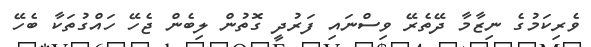
ވެރިކަމުގެ ނިޒާމާ ދޭތެރޭ ވިސްނައި ފަރުދީ ގޮތުން ލިބެން ޖެހޭ ހައްގުތަކާ ބެހޭ